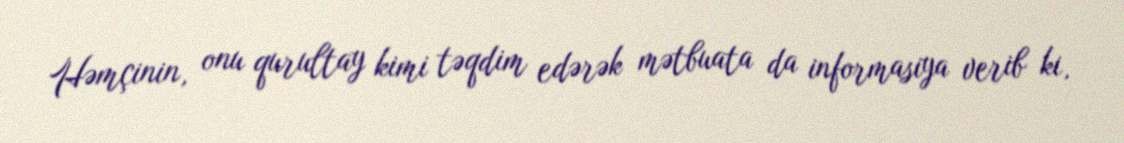
Həmçinin, onu qurultay kimi təqdim edərək mətbuata da informasiya verib ki,